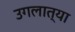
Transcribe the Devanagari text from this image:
उगलात्या